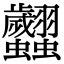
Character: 𧖢